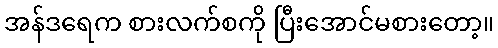
အန်ဒရေက စားလက်စကို ပြီးအောင်မစားတော့။